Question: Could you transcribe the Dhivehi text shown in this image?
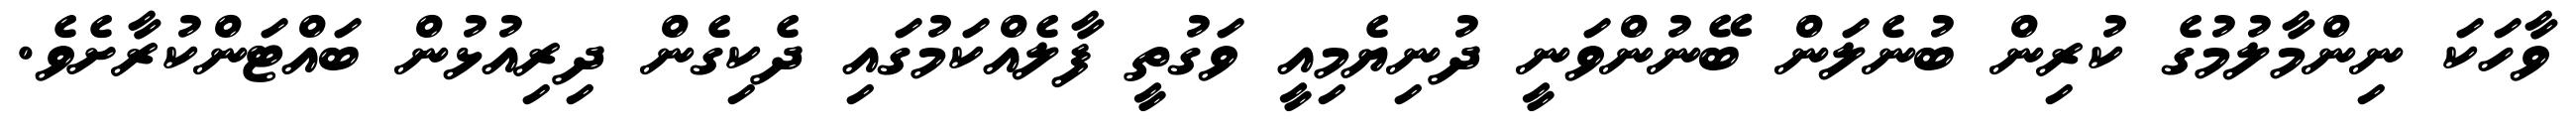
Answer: ވާހަކަ ނިންމާލުމުގެ ކުރިން ބުނެލަން ބޭނުންވަނީ ދުނިޔެމިއީ ވަގުތީ ފާލެއްކަމުގައި ދެކިގެން ދިރިއުޅުން ބައްޓަންކުރާށެވެ.